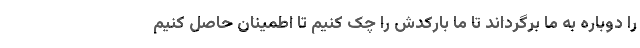
را دوباره به ما برگرداند تا ما بارکدش را چک کنیم تا اطمینان حاصل کنیم